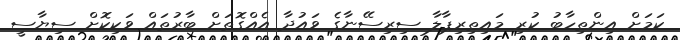
ކަމަށް އިންތިހާބު ކުރި މައިތިރިޕާލާ ސިރިސޭނާގެ ވައުދާ އެއްގޮތަށް ބާރުތައް ވަކިކޮށް ސިޔާސީ